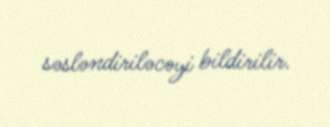
səsləndiriləcəyi bildirilir.